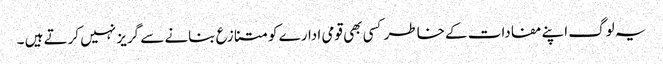
یہ لوگ اپنے مفادات کے خاطر کسی بھی قومی ادارے کو متنازع بنانے سے گریز نہیں کرتے ہیں ۔